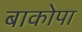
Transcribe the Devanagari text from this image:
बाकोपा